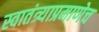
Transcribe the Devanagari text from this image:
स्वातंत्र्याप्रमाणेच